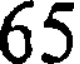
65